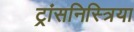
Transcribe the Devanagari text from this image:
ट्रांसनिस्त्रिया